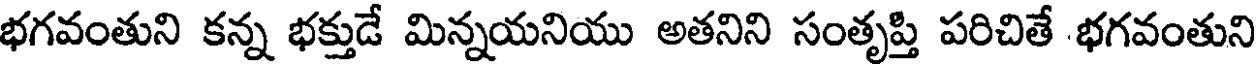
భగవంతుని కన్న భక్తుడే మిన్నయనియు అతనిని సంతృప్తి పరిచితే భగవంతుని